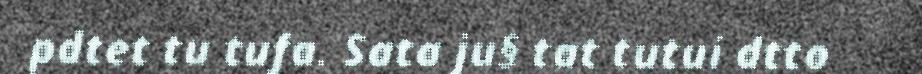
pdtet tu tufa. Sata ju§ tat tutui dtto